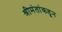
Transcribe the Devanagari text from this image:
श्रीमंतांकडून